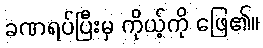
ခဏရပ်ပြီးမှ ကိုယ့်ကို ဖြေ၏။